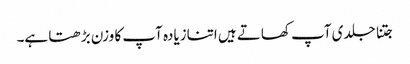
جتنا جلدی آپ کھاتے ہیں اتنازیادہ آپ کا وزن بڑھتا ہے۔